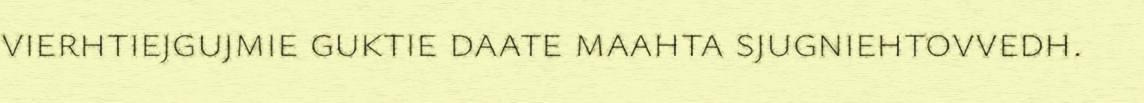
vierhtiejgujmie guktie daate maahta sjugniehtovvedh.